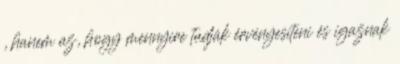
, hanem az, hogy mennyire tudják érvényesíteni és igaznak